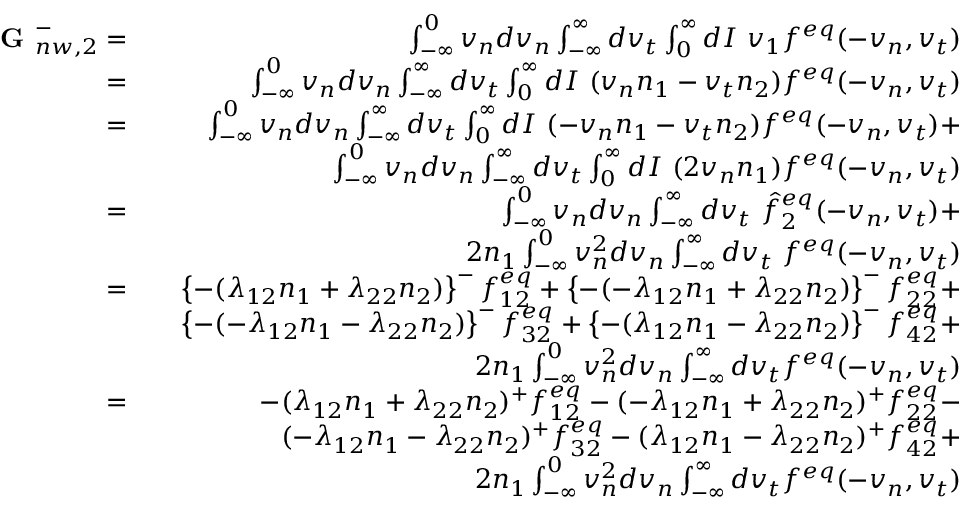
\begin{array} { r l r } { \textbf { G } _ { n w , 2 } ^ { - } = } & { } & { \int _ { - \infty } ^ { 0 } v _ { n } d v _ { n } \int _ { - \infty } ^ { \infty } d v _ { t } \int _ { 0 } ^ { \infty } d I \ v _ { 1 } f ^ { e q } ( - v _ { n } , v _ { t } ) } \\ { = } & { } & { \int _ { - \infty } ^ { 0 } v _ { n } d v _ { n } \int _ { - \infty } ^ { \infty } d v _ { t } \int _ { 0 } ^ { \infty } d I \ ( v _ { n } n _ { 1 } - v _ { t } n _ { 2 } ) f ^ { e q } ( - v _ { n } , v _ { t } ) } \\ { = } & { } & { \int _ { - \infty } ^ { 0 } v _ { n } d v _ { n } \int _ { - \infty } ^ { \infty } d v _ { t } \int _ { 0 } ^ { \infty } d I \ ( - v _ { n } n _ { 1 } - v _ { t } n _ { 2 } ) f ^ { e q } ( - v _ { n } , v _ { t } ) + } \\ & { } & { \int _ { - \infty } ^ { 0 } v _ { n } d v _ { n } \int _ { - \infty } ^ { \infty } d v _ { t } \int _ { 0 } ^ { \infty } d I \ ( 2 v _ { n } n _ { 1 } ) f ^ { e q } ( - v _ { n } , v _ { t } ) } \\ { = } & { } & { \int _ { - \infty } ^ { 0 } v _ { n } d v _ { n } \int _ { - \infty } ^ { \infty } d v _ { t } \ \hat { f } _ { 2 } ^ { e q } ( - v _ { n } , v _ { t } ) + } \\ & { } & { 2 n _ { 1 } \int _ { - \infty } ^ { 0 } v _ { n } ^ { 2 } d v _ { n } \int _ { - \infty } ^ { \infty } d v _ { t } \ f ^ { e q } ( - v _ { n } , v _ { t } ) } \\ { = } & { } & { \left\{ - ( \lambda _ { 1 2 } n _ { 1 } + \lambda _ { 2 2 } n _ { 2 } ) \right\} ^ { - } f _ { 1 2 } ^ { e q } + \left\{ - ( - \lambda _ { 1 2 } n _ { 1 } + \lambda _ { 2 2 } n _ { 2 } ) \right\} ^ { - } f _ { 2 2 } ^ { e q } + } \\ & { } & { \left\{ - ( - \lambda _ { 1 2 } n _ { 1 } - \lambda _ { 2 2 } n _ { 2 } ) \right\} ^ { - } f _ { 3 2 } ^ { e q } + \left\{ - ( \lambda _ { 1 2 } n _ { 1 } - \lambda _ { 2 2 } n _ { 2 } ) \right\} ^ { - } f _ { 4 2 } ^ { e q } + } \\ & { } & { 2 n _ { 1 } \int _ { - \infty } ^ { 0 } v _ { n } ^ { 2 } d v _ { n } \int _ { - \infty } ^ { \infty } d v _ { t } f ^ { e q } ( - v _ { n } , v _ { t } ) } \\ { = } & { } & { - ( \lambda _ { 1 2 } n _ { 1 } + \lambda _ { 2 2 } n _ { 2 } ) ^ { + } f _ { 1 2 } ^ { e q } - ( - \lambda _ { 1 2 } n _ { 1 } + \lambda _ { 2 2 } n _ { 2 } ) ^ { + } f _ { 2 2 } ^ { e q } - } \\ & { } & { ( - \lambda _ { 1 2 } n _ { 1 } - \lambda _ { 2 2 } n _ { 2 } ) ^ { + } f _ { 3 2 } ^ { e q } - ( \lambda _ { 1 2 } n _ { 1 } - \lambda _ { 2 2 } n _ { 2 } ) ^ { + } f _ { 4 2 } ^ { e q } + } \\ & { } & { 2 n _ { 1 } \int _ { - \infty } ^ { 0 } v _ { n } ^ { 2 } d v _ { n } \int _ { - \infty } ^ { \infty } d v _ { t } f ^ { e q } ( - v _ { n } , v _ { t } ) } \end{array}